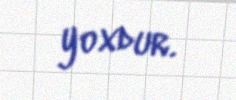
yoxdur.